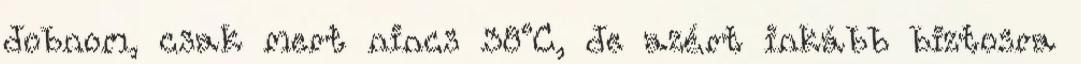
dobnom, csak mert nincs 38°C, de azért inkább biztosra